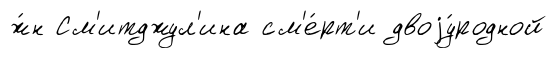
ж́н См'итджул'ина см'е́рт'и двоjу́родной